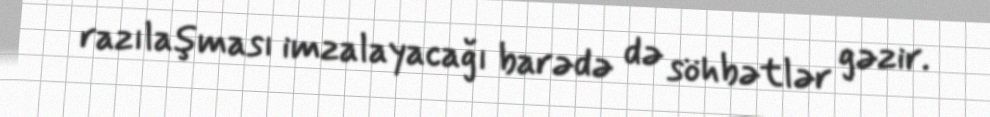
razılaşması imzalayacağı barədə də söhbətlər gəzir.